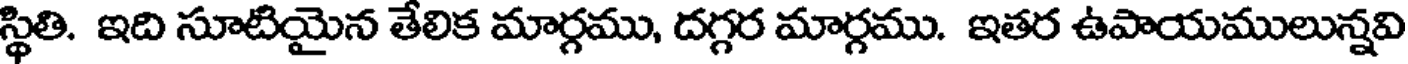
స్థితి. ఇది సూటియైన తేలిక మార్గము, దగ్గర మార్గము. ఇతర ఉపాయములున్నవి